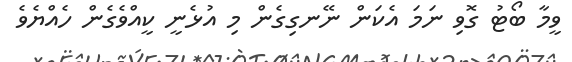
ވީމާ ބޯޓު ގޮވި ނަމަ އެކަން ނޭނގިގެން މި އުޅެނީ ކީއްވެގެން ހެއްޔެވެ